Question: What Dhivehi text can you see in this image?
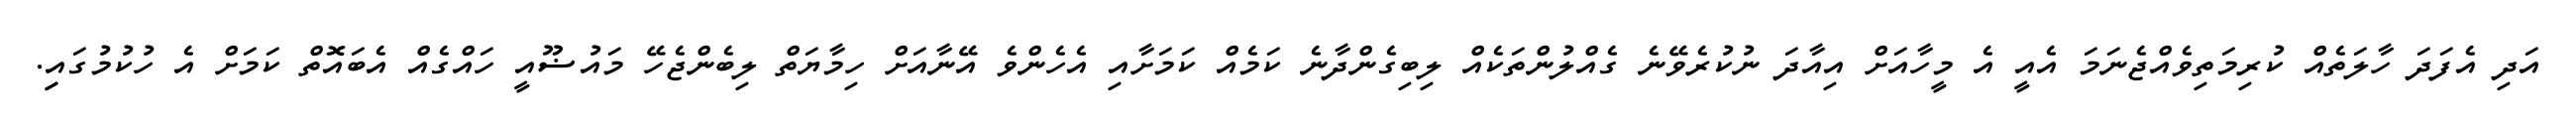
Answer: އަދި އެފަދަ ހާލަތެއް ކުރިމަތިވެއްޖެނަމަ އެއީ އެ މީހާއަށް އިއާދަ ނުކުރެވޭނެ ގެއްލުންތަކެއް ލިބިގެންދާނެ ކަމެއް ކަމަށާއި އެހެންވެ އޭނާއަށް ހިމާޔަތް ލިބެންޖެހޭ މައުޟޫއީ ހައްގެއް އެބައޮތް ކަމަށް އެ ހުކުމުގައިި.